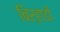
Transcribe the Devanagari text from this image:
बिर्‍हाडी